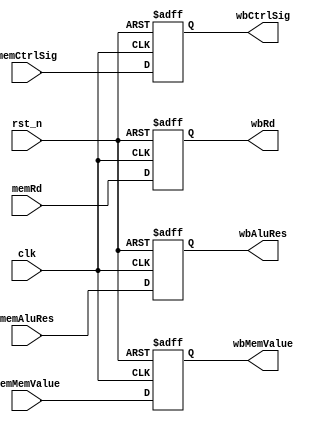
module MEM_WB_stage (
  input clk,    // Clock
  input rst_n,  // Reset 

  input wire [31:0] memAluRes, memMemValue,
  input wire [9:0] memCtrlSig, 
  input wire [4:0] memRd, 

  output reg [31:0] wbAluRes, wbMemValue, 
  output reg [9:0] wbCtrlSig,
  output reg [4:0] wbRd
);

always @(posedge clk, posedge rst_n)
  begin 
    if(rst_n)
      begin 
        wbAluRes <= 32'b0;
        wbMemValue <= 32'b0;
        wbCtrlSig <= 9'b0;
        wbRd <= 5'b0;
      end 
    else 
      begin 
        wbAluRes <= memAluRes;
        wbMemValue <= memMemValue;
        wbCtrlSig <= memCtrlSig;
        wbRd <= memRd;
      end 
  end 
endmodule